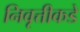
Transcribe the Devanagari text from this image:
निवृत्तीकडे